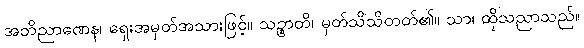
အဘိညာဏေန၊ ရှေးအမှတ်အသားဖြင့်။ သဉ္စာတိ၊ မှတ်သိသိတတ်၏။ သာ၊ ထိုသညာသည်။